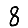
Digit: 8